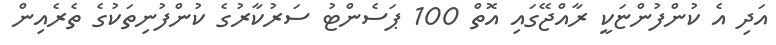
އަދި އެ ކުންފުންޏަކީ ރާއްޖޭގައި އޮތް 100 ޕަސެންޓު ސަރުކާރުގެ ކުންފުނިތަކުގެ ތެރެއިން